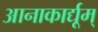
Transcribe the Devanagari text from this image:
आनाकार्द्यूम्